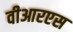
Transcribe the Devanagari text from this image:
वीआरएस